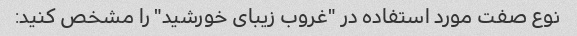
نوع صفت مورد استفاده در "غروب زیبای خورشید" را مشخص کنید: